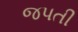
જપતી